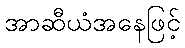
အာဆီယံအနေဖြင့်